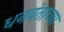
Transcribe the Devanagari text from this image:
धनवंताच्या